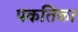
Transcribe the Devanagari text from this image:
पकतिका